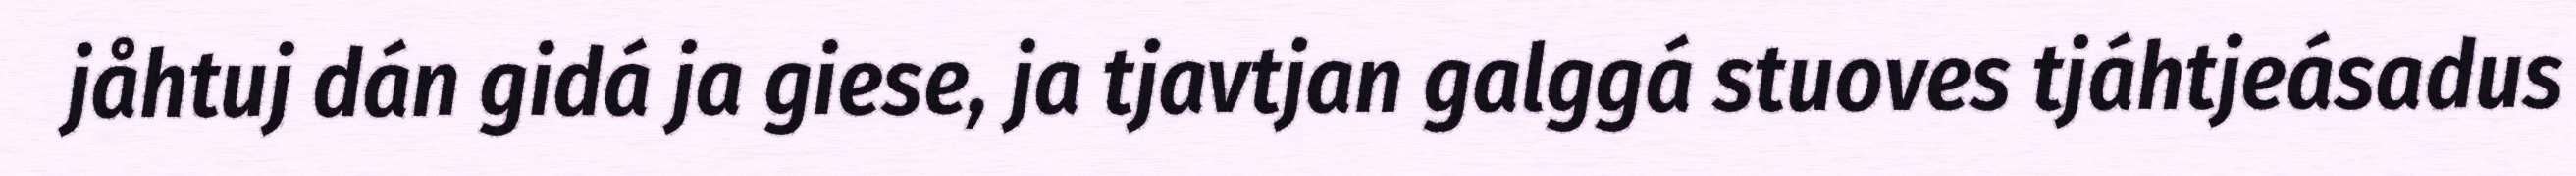
jåhtuj dán gidá ja giese, ja tjavtjan galggá stuoves tjáhtjeásadus